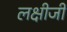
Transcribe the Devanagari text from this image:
लक्षीजी